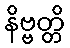
နိဗ္ဗတ္တိ